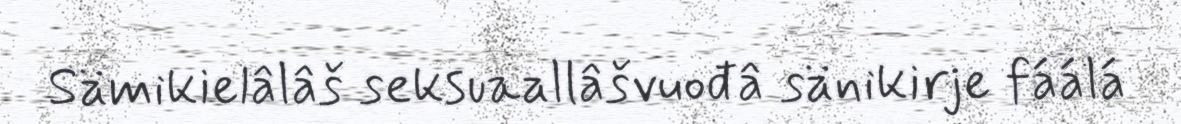
Sämikielâlâš seksuaallâšvuođâ sänikirje fáálá